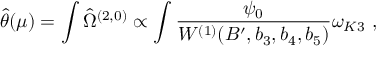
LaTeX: \hat { \theta } ( \mu ) = \int \hat { \Omega } ^ { ( 2 , 0 ) } \propto \int \frac { \psi _ { 0 } } { W ^ { ( 1 ) } ( B ^ { \prime } , b _ { 3 } , b _ { 4 } , b _ { 5 } ) } \omega _ { K 3 } \ ,